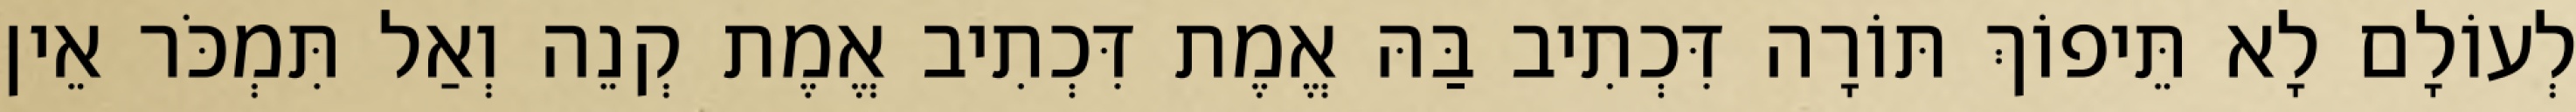
לְעוֹלָם לָא תֵּיפוֹךְ תּוֹרָה דִּכְתִיב בַּהּ אֱמֶת דִּכְתִיב אֱמֶת קְנֵה וְאַל תִּמְכֹּר אֵין